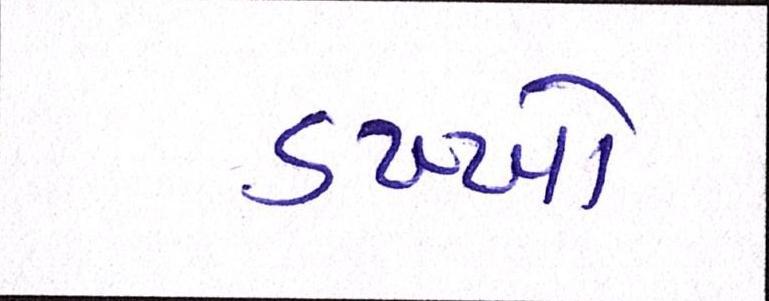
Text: ડખ્ખો